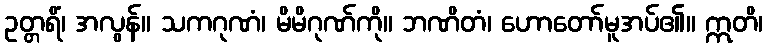
ဥတ္တရိံ၊ အလွန်။ သကဂုဏံ၊ မိမိဂုဏ်ကို။ ဘဏိတံ၊ ဟောတော်မူအပ်၏။ ဣတိ၊